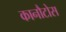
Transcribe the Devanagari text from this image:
कानौटोस